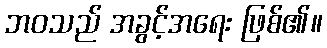
ဘဝသည် အခွင့်အရေး ဖြစ်၏။